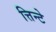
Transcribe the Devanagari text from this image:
त्तिन्टे